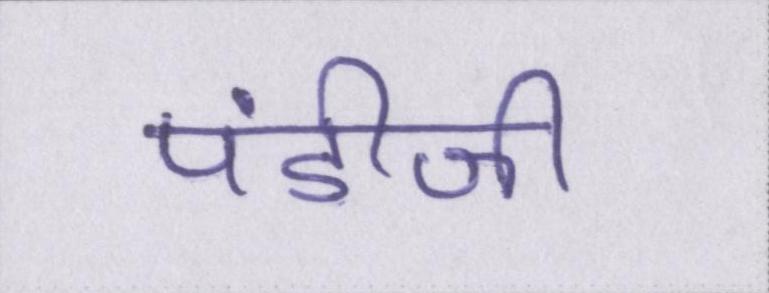
पंडीजी